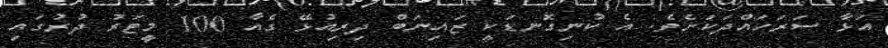
އަޅާ ސަރަހައްދަކަށެވެ. އެ ކުނިގޮނޑަކީ ޒައިނަބް ދިރިއުޅޭ ގެއާ 100 މީޓަރު ދުރުގައި